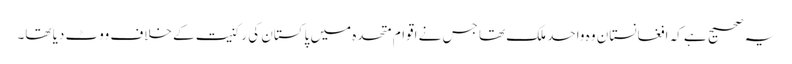
یہ صحیح ہے کہ افغانستان وہ واحد ملک تھا جس نے اقوام متحدہ میں پاکستان کی رکنیت کے خلاف ووٹ دیا تھا۔